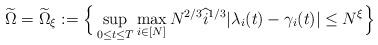
LaTeX: \begin{align*} \widetilde{\Omega}=\widetilde{\Omega}_\xi:= \Big\{ \sup_{0\le t \le T} \max_{i\in[N]} N^{2/3}\widehat{i}^{1/3} | \lambda_i(t)-\gamma_i(t)| \le N^\xi\Big\}\end{align*}